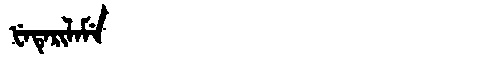
Manchu: ᡶᡝᡨᡝᡵᡳᠯᠠᠮᡝ
Romanization: FETERILAME